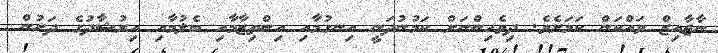
ނާޖާއިޒް ވައްކަން ކަމަށެވެ. ދިވެހިންނަށް ކަމުނުދަނީ އިނގުމާއި އިންތިޒާމާއި ބެލުމާއި އިރުޝާދުގެ ދަށުން